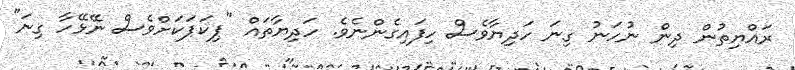
ރައްޔިތުން ދިން ނުހަނު ގިނަ ހަދިޔާވެސް ހިފައިގެންނެވެ. ހަދިޔާތައް "ޕިކަޕަކަށްވެސް ނޭޅޭހާ ގިނަ"